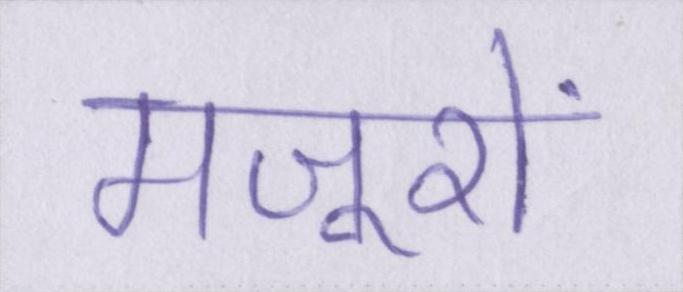
मजूरों